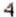
4